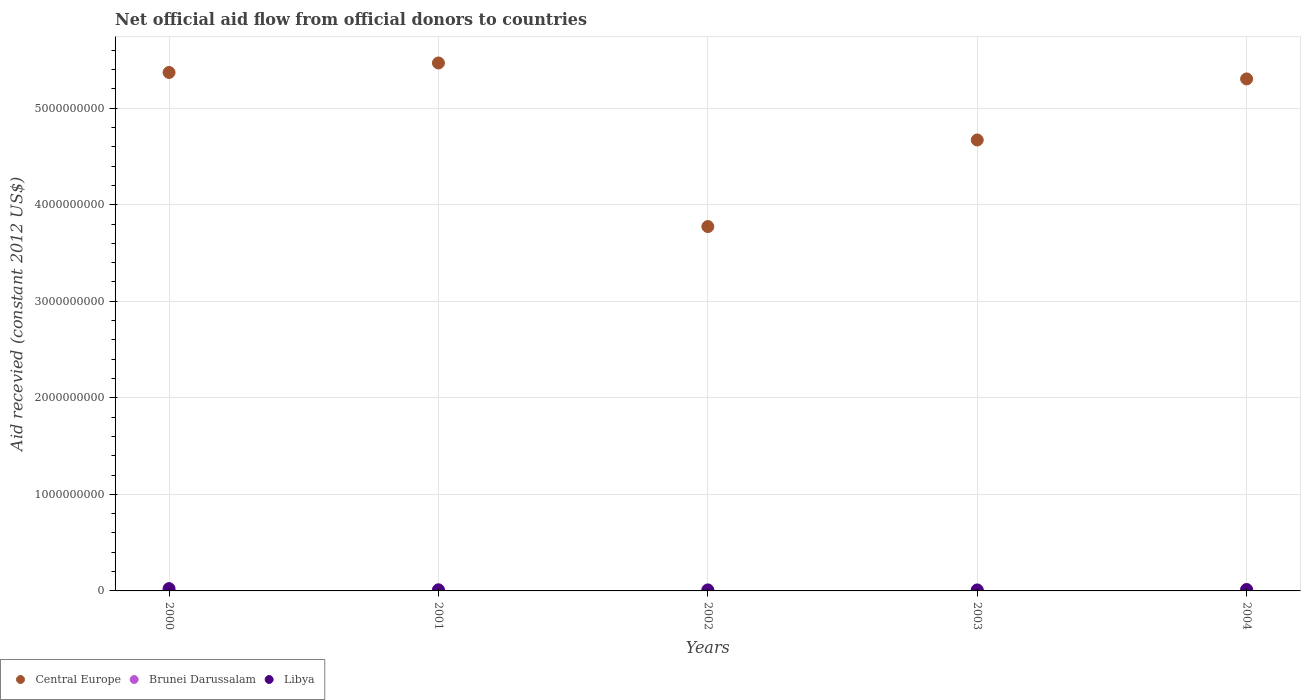
| Years | Central Europe | Brunei Darussalam | Libya |
 | --- | --- | --- | --- |
 | 2000 | 5.37e+09 | 1.21e+06 | 2.38e+07 |
 | 2001 | 5.47e+09 | 6e+05 | 1.17e+07 |
 | 2002 | 3.77e+09 | -2.1e+05 | 1.05e+07 |
 | 2003 | 4.67e+09 | 6e+05 | 1.03e+07 |
 | 2004 | 5.3e+09 | 9.4e+05 | 1.5e+07 |